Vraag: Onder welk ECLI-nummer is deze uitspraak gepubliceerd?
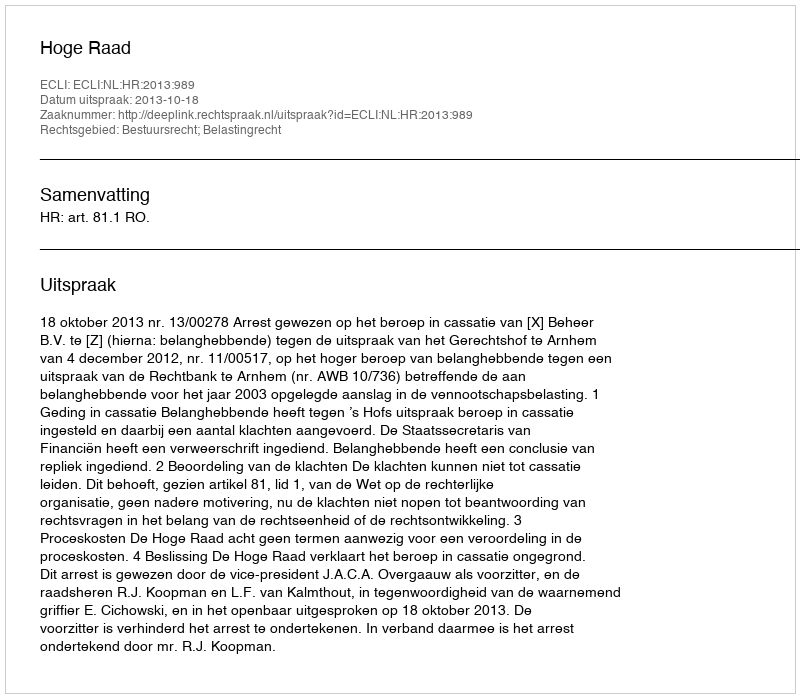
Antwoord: ECLI:NL:HR:2013:989